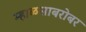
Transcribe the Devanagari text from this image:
म्हाळसाबरोबर